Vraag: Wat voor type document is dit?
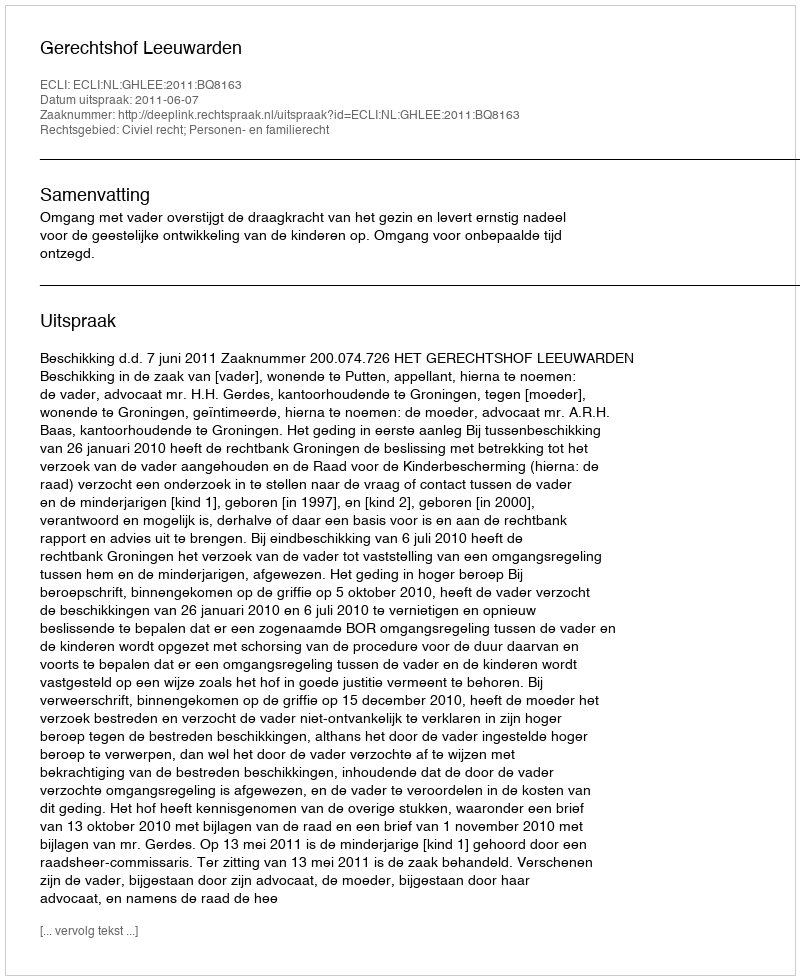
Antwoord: Uitspraak